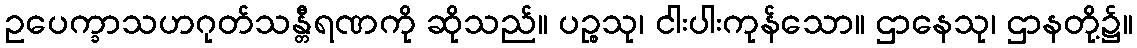
ဥပေက္ခာသဟဂုတ်သန္တီရဏကို ဆိုသည်။ ပဉ္စသု၊ ငါးပါးကုန်သော။ ဌာနေသု၊ ဌာနတို့၌။